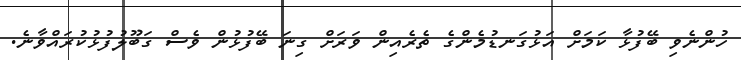
ހުންނެވި ބޭފުޅާ ކަމަށް އަޅުގަނޑުމެންގެ ތެރެއިން ވަރަށް ގިނަ ބޭފުޅުން ވެސް ގަބޫލުފުޅުކުރައްވާނެ.